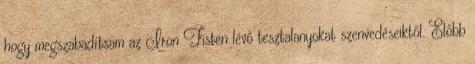
hogy megszabadítsam az Iron Fisten lévő tesztalanyokat szenvedéseiktől. Előbb